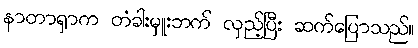
နာတာရှာက တံခါးမှူးဘက် လှည့်ပြီး ဆက်ပြောသည်။